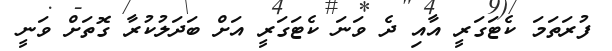
ފުރަތަމަ ކެޓަގަރީ އާއި ދެ ވަނަ ކެޓަގަރީ އަށް ބަދަލުކުރާ ގޮތަށް ވަނީ